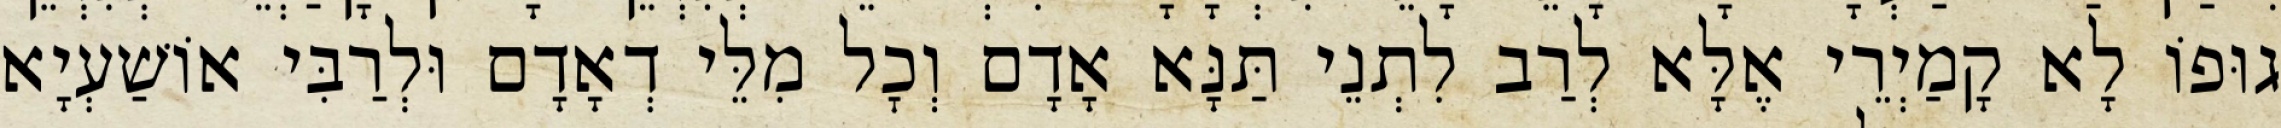
גוּפוֹ לָא קָמַיְרֵי אֶלָּא לְרַב לִתְנֵי תַּנָּא אָדָם וְכׇל מִלֵּי דְאָדָם וּלְרַבִּי אוֹשַׁעְיָא